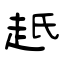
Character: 赿